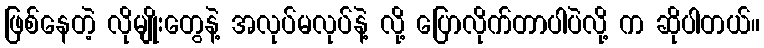
ဖြစ်နေတဲ့ လိုမျိုးတွေနဲ့ အလုပ်မလုပ်နဲ့ လို့ ပြောလိုက်တာပါပဲလို့ က ဆိုပါတယ်။